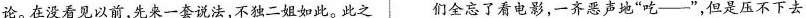
论。在没看见以前，先来一套说法，不独二姐如此。此之们全忘了看电影，一齐恶声地“吃——”，但是压不下去